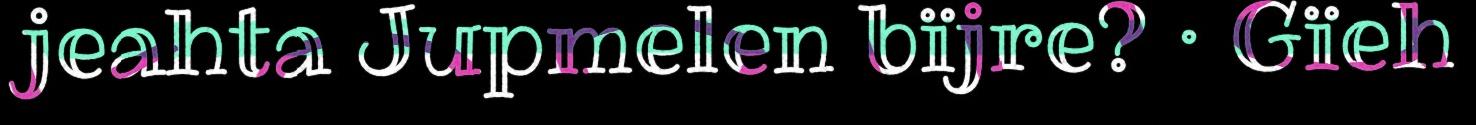
jeahta Jupmelen bïjre? · Gïeh